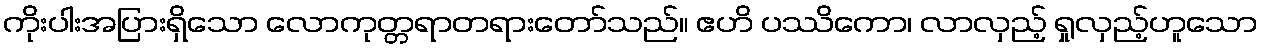
ကိုးပါးအပြားရှိသော လောကုတ္တရာတရားတော်သည်။ ဧဟိ ပဿိကော၊ လာလှည့် ရှုလှည့်ဟူသော